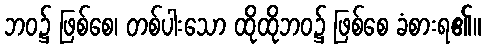
ဘဝ၌ ဖြစ်စေ၊ တစ်ပါးသော ထိုထိုဘဝ၌ ဖြစ်စေ ခံစားရ၏။